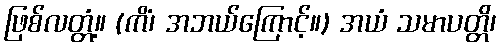
ဖြစ်လတ္တံ့။ (ကိံ၊ အဘယ်ကြောင့်။) အယံ သမာပတ္တိ၊